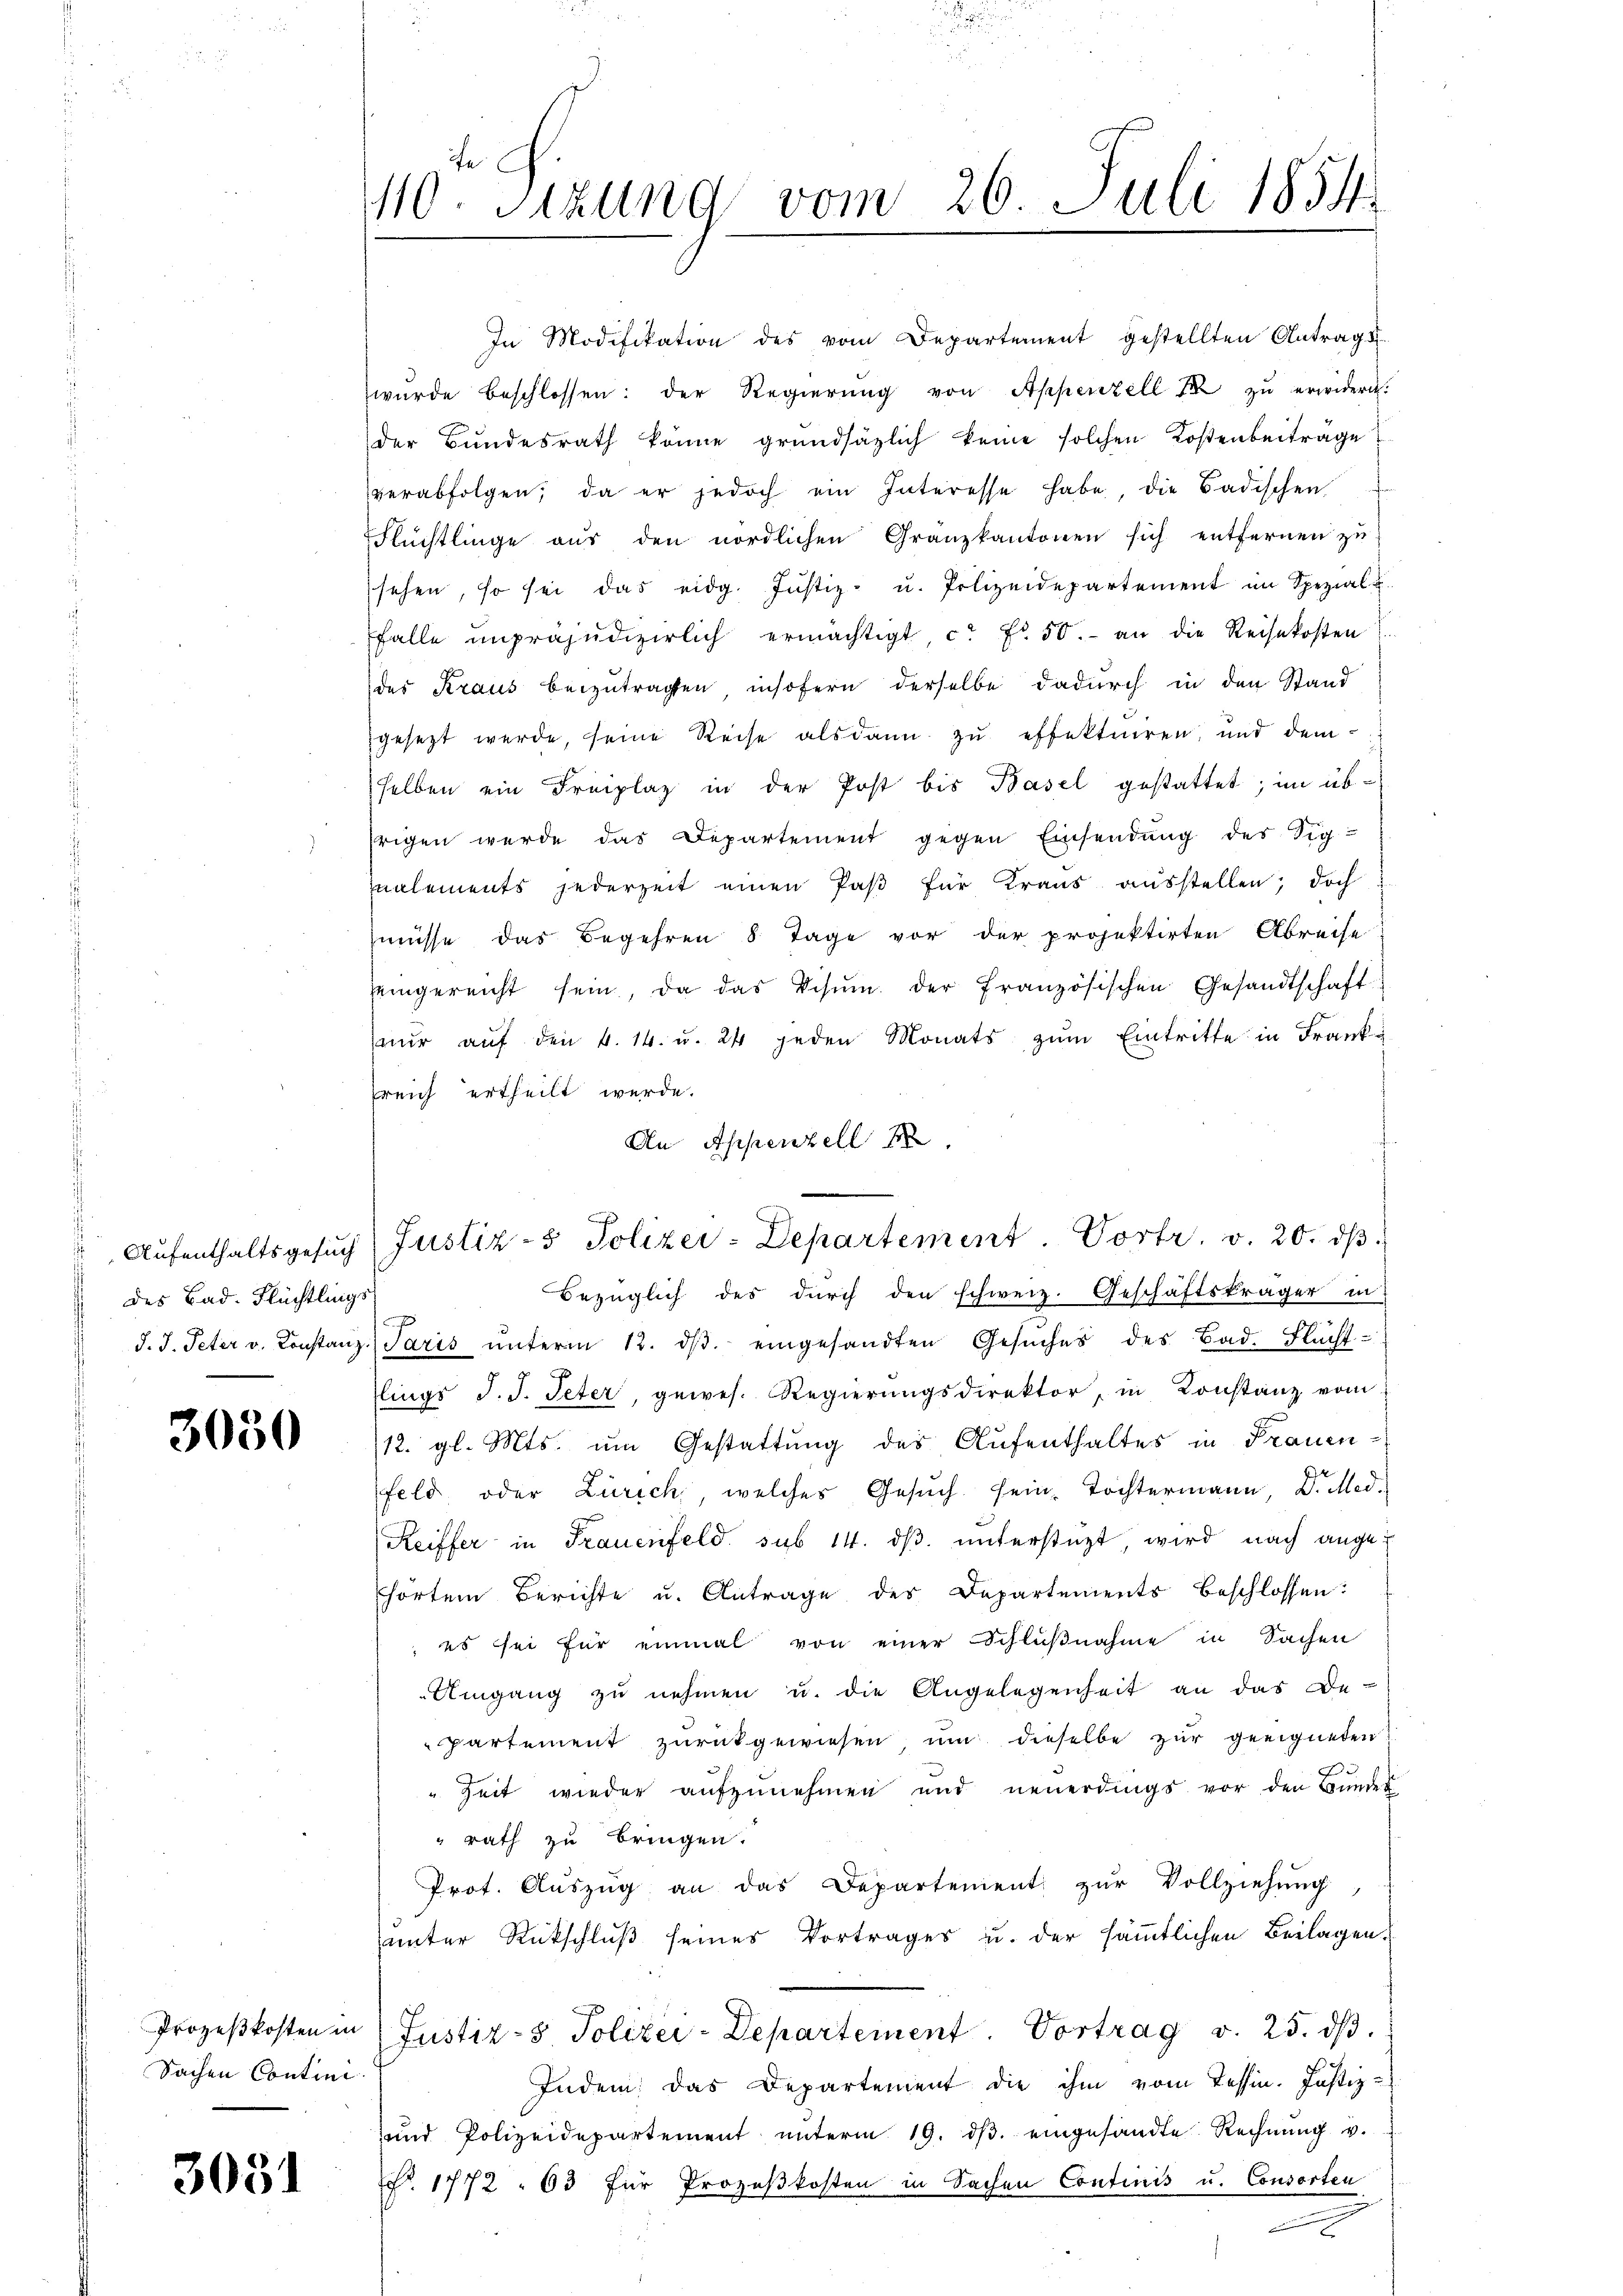
des Bad. Flüchtlings

3050

Sachen Contini.

3051

In Modifikation des vom Departement gestellten Antrag d
wurde beschlossen: der Regierŭng von Appenzell 10 zŭ erwidern.
der Bŭndesrath könne grundsätzlich keine solchen Kostenbeiträge
verabfolgen, da er jedoch ein Interesse habe, die Badischen
Flüchtlinge aŭs den nördlichen Granzkantonen sich entfernen zŭ
sehen, so sei das eidg. Justiz- u. Polizeidepartement im Spezial
falle unpräjudizierlich ermächtigt, c. fr. 50.- an die Reisekosten
des Kraus beizutragten insofern derselbe dadurch in den Stand
gesezt werde, seine Reise alsdann zu effektuiren, und demselben ein Freiplaz in der Post bis Basel gestattet; im übsrigen werde das Departement gegen Einsendung des Tig-
nalements jederzeit einen Paβ für Kraus ausstellen; doch u
müsse das Begehren 8 Tage vor der projektirten Abreise
eingereicht sein, da das Visŭm. der französischen Gesandtschaft
nŭr aŭf den 4. 14. u. 24 jeden Monats zŭm Eintritte in Franksreich ertheilt werde.
An Appenzell
Bezüglich des durch den schweiz. Geschäftskräger in
d. J. Peter v. Constanz Paris ŭnterm 12. dβ. eingesandten Gesŭches des Bad. Flŭcht-
lings J. J. Peter, gewes. Regierŭngsdirektor, in Konstanz vom
12. gl. Mts. um Gestattung des Aufenthaltes in Frauen-
feld oder Zürich, welches Gesŭch sein, Tochtermann, Dr. Med.
Reiffer in Frauenfeld. sub 14. dβ. unterstüzt, wird nach ange¬
Ehörten Berichte u. Antrage des Departements beschlossen:
es sei für einmal von einer Schlŭβnahme in Sachen
Umgang zŭ nehmen u. die Angelegenheit an das De-
partement zurückgewiesen, um dieselbe zur geeigneten
" Zeit wieder aŭfzŭnehmen und neuerdings vor den Bŭndes
rath zu bringen.
Prot. Aŭszŭg an das Departement zur Vollziehung
unter Rückschluß seines Vortrages u. der sämmtlichen Beilagen.
Prozeβkosten in Justiz- & Polizei-Departement. Vortrag v. 25. dβ.
Indem das Departement die ihm vom Tessin. Justiz-
und Polizeidepartement ŭnterm 19. dβ. eingesandte Rechnung v.
Nr. 1772. 63 für Prozeßkosten in Sachen Continis u. Consorten
x

110. Sitzung vom 26. Juli 1854.

"Aŭfenthaltsgesŭch (Justiz- & Polizei-Departement. Vortr. v. 20. dβ.